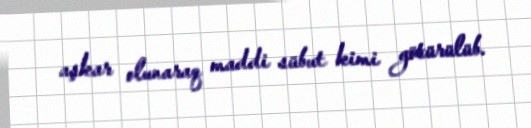
aşkar olunaraq maddi sübut kimi götürülüb.